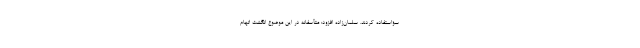
سؤاستفاده کردند. سلمان‌زاده افزود: متأسفانه در این موضوع انگشت اتهام